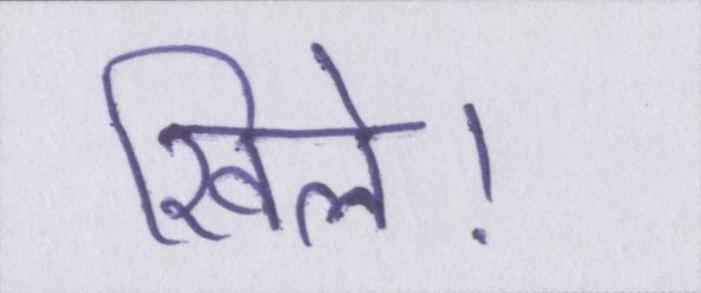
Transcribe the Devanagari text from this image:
खिले।